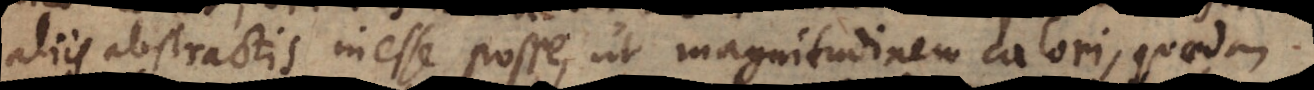
aliis abstractis inesse posse, ut magnitudinem calori, quaedam